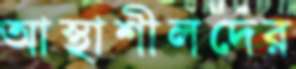
আস্থাশীলদের